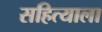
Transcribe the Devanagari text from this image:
सहित्याला